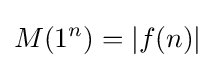
M(1^{n})=|f(n)|